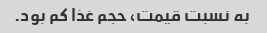
به نسبت قیمت، حجم غذا کم بود.